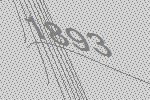
1893